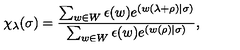
\chi _ { \lambda } ( \sigma ) = \frac { \sum _ { w \in W } \epsilon ( w ) e ^ { ( w ( \lambda + \rho ) | \sigma ) } } { \sum _ { w \in W } \epsilon ( w ) e ^ { ( w ( \rho ) | \sigma ) } } ,